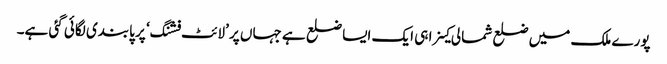
پورے ملک میں ضلع شمالی کینرا ہی ایک ایسا ضلع ہے جہاں پر ’لائٹ فشنگ‘ پر پابندی لگائی گئی ہے۔